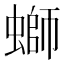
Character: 螄